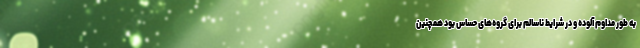
به طور مداوم آلوده و در شرایط ناسالم برای گروه‌های حساس بود همچنین